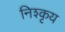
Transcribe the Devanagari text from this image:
निश्कृय